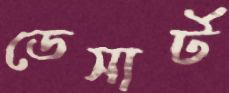
ডেসার্ট